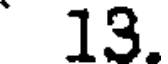
13.